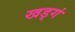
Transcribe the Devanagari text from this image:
खड्गं